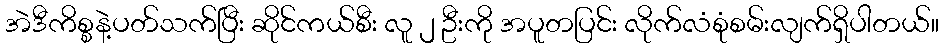
အဲဒီကိစ္စနဲ့ပတ်သက်ပြီး ဆိုင်ကယ်စီး လူ ၂ ဦးကို အပူတပြင်း လိုက်လံစုံစမ်းလျက်ရှိပါတယ်။